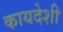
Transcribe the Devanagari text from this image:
कायदेशी